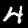
Label: 4